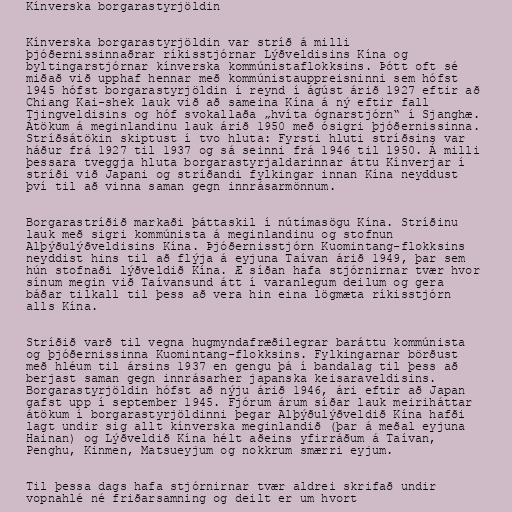
Kínverska borgarastyrjöldin

Kínverska borgarastyrjöldin var stríð á milli
þjóðernissinnaðrar ríkisstjórnar Lýðveldisins Kína og
byltingarstjórnar kínverska kommúnistaflokksins. Þótt oft sé
miðað við upphaf hennar með kommúnistauppreisninni sem hófst
1945 hófst borgarastyrjöldin í reynd í ágúst árið 1927 eftir að
Chiang Kai-shek lauk við að sameina Kína á ný eftir fall
Tjingveldisins og hóf svokallaða „hvíta ógnarstjórn“ í Sjanghæ.
Átökum á meginlandinu lauk árið 1950 með ósigri þjóðernissinna.
Stríðsátökin skiptust í tvo hluta: Fyrsti hluti stríðsins var
háður frá 1927 til 1937 og sá seinni frá 1946 til 1950. Á milli
þessara tveggja hluta borgarastyrjaldarinnar áttu Kínverjar í
stríði við Japani og stríðandi fylkingar innan Kína neyddust
því til að vinna saman gegn innrásarmönnum.

Borgarastríðið markaði þáttaskil í nútímasögu Kína. Stríðinu
lauk með sigri kommúnista á meginlandinu og stofnun
Alþýðulýðveldisins Kína. Þjóðernisstjórn Kuomintang-flokksins
neyddist hins til að flýja á eyjuna Taívan árið 1949, þar sem
hún stofnaði lýðveldið Kína. Æ síðan hafa stjórnirnar tvær hvor
sínum megin við Taívansund átt í varanlegum deilum og gera
báðar tilkall til þess að vera hin eina lögmæta ríkisstjórn
alls Kína.

Stríðið varð til vegna hugmyndafræðilegrar baráttu kommúnista
og þjóðernissinna Kuomintang-flokksins. Fylkingarnar börðust
með hléum til ársins 1937 en gengu þá í bandalag til þess að
berjast saman gegn innrásarher japanska keisaraveldisins.
Borgarastyrjöldin hófst að nýju árið 1946, ári eftir að Japan
gafst upp í september 1945. Fjórum árum síðar lauk meiriháttar
átökum í borgarastyrjöldinni þegar Alþýðulýðveldið Kína hafði
lagt undir sig allt kínverska meginlandið (þar á meðal eyjuna
Hainan) og Lýðveldið Kína hélt aðeins yfirráðum á Taívan,
Penghu, Kinmen, Matsueyjum og nokkrum smærri eyjum.

Til þessa dags hafa stjórnirnar tvær aldrei skrifað undir
vopnahlé né friðarsamning og deilt er um hvort